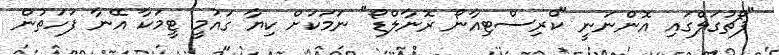
"ޕޯޗުގަލްގައި އޮންނަނީ "ކްރިސްޓިއާނޯ ރޮނާލްޑޯ" ނަމަކަށް ކިޔާ ގައުމީ ޓީމަކާ އޭނާ ފަހަތުން